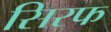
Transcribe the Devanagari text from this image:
सिरफ